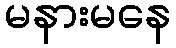
မနားမနေ